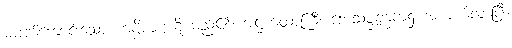
မပျက်ကောင်းသော ကပ္ပိယကုဋိ မည်၏၊ အဋ္ဌကထာကြီး ဘေသဇ္ဇခန္ဓက၌ အကျယ်လာပြီ။